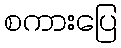
စကားပြေ